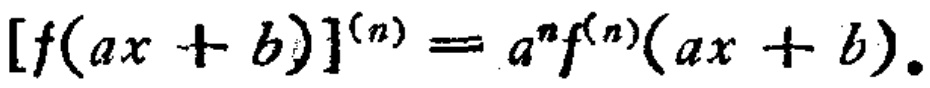
\[ [f(ax + b)]^{(n)} = a^{n}f^{(n)}(ax + b). \]